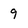
Character: 9